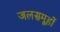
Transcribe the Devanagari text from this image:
जलसमूहों